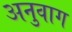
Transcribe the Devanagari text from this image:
अनुवाग